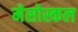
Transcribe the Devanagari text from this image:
मेसोस्कल